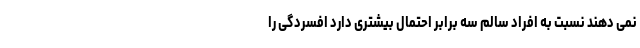
نمی دهند نسبت به افراد سالم سه برابر احتمال بیشتری دارد افسردگی را